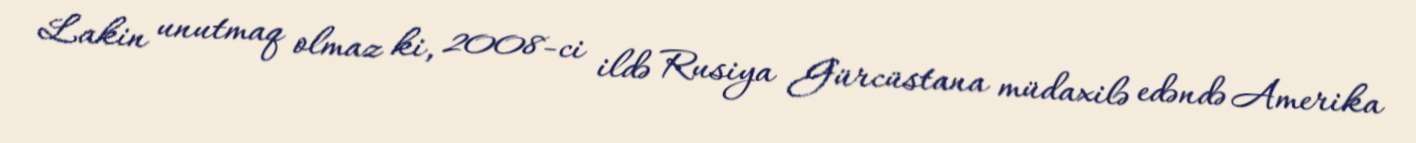
Lakin unutmaq olmaz ki, 2008-ci ildə Rusiya Gürcüstana müdaxilə edəndə Amerika